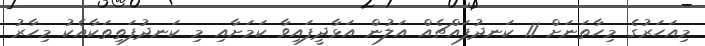
މިއަހަރުގެ މިހާތަނަށް 11 ކަނދުފައްޗެއް އަލުން އަޅާދީފައިވާ ކަމަށާއި މި ކަނދުފަތިތަކާއެކު މިހާރު